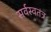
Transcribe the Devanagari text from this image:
सर्वस्वतंत्र